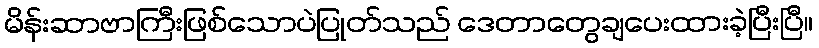
မိန်းဆာဗာကြီးဖြစ်သောပဲပြုတ်သည် ဒေတာတွေချပေးထားခဲ့ပြီးပြီ။